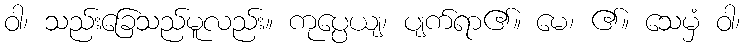
ဝါ၊ သည်းခြေသည်မူလည်း။ ကုပ္ပေယျ၊ ပျက်ရာ၏။ မေ၊ ၏။ သေမှံ ဝါ၊